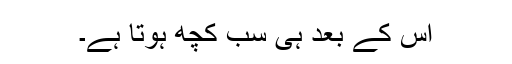
اس کے بعد ہی سب کچھ ہوتا ہے۔